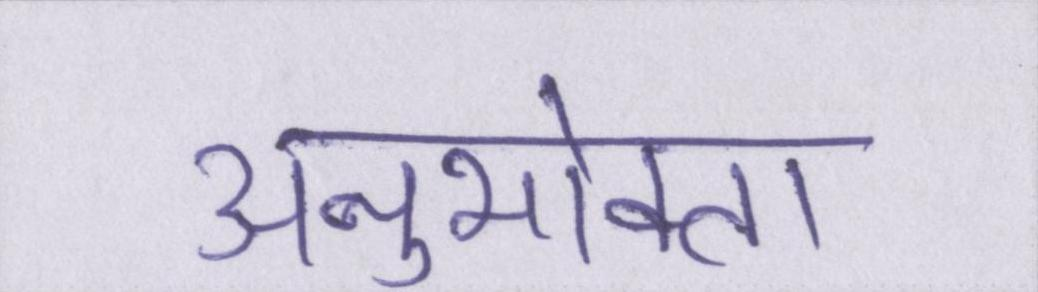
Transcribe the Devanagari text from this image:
अनुभोक्ता